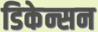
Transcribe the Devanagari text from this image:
डिकेन्सन